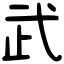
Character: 武